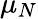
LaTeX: \mu_{N}